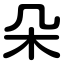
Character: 朵